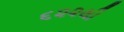
૬૨૨થી